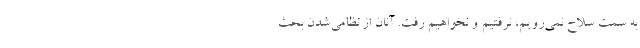
به سمت سلاح نمی‌رویم، نرفتیم و نخواهیم رفت. آنان از نظامی‌شدن بحث